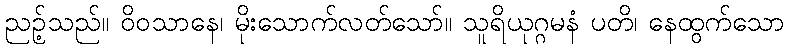
ညဉ့်သည်။ ဝိဝသာနေ၊ မိုးသောက်လတ်သော်။ သူရိယုဂ္ဂမနံ ပတိ၊ နေထွက်သော